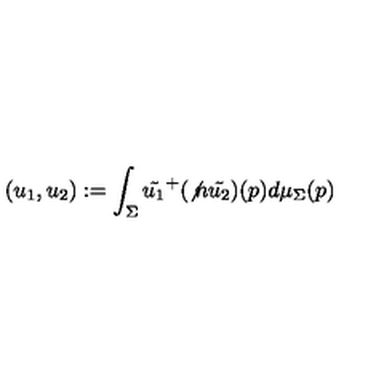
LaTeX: ( u _ { 1 } , u _ { 2 } ) : = \int _ { \Sigma } \tilde { u _ { 1 } } ^ { + } ( { \not n } \tilde { u _ { 2 } } ) ( p ) d \mu _ { \Sigma } ( p )